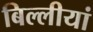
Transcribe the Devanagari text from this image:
बिल्लीयां